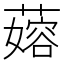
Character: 𬞬